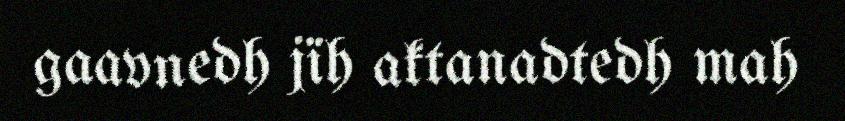
gaavnedh jïh aktanadtedh mah